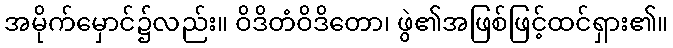
အမိုက်မှောင်၌လည်း။ ဝိဒိတံဝိဒိတော၊ ဖွဲ၏အဖြစ်ဖြင့်ထင်ရှား၏။